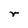
Character: r